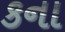
કના